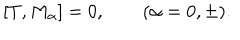
LaTeX: [ T , M _ { \alpha } ] = 0 , \qquad ( \alpha = 0 , \pm ) .